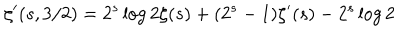
\zeta ^ { \prime } ( s , 3 / 2 ) = 2 ^ { s } \log 2 \zeta ( s ) + ( 2 ^ { s } - 1 ) \zeta ^ { \prime } ( s ) - 2 ^ { s } \log 2